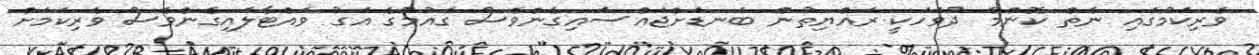
ވެރިކަމުގައި ނެތް ކޮންމެ ދުވަހަކީ ރައްޔިތުން ބަނޑަށްޖައްސައިގެންވެސް ގައުމުގެ އަގު ވައްޓާލައިގެންވެސް ވެރިކަމަށް